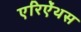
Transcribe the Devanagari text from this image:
एरिऐंथस